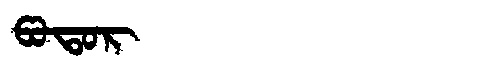
Manchu: ᡦᠣᡨᠣᡵ
Romanization: POTOR